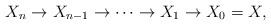
LaTeX: \begin{align*} X_n \to X_{n-1} \to \dots \to X_1 \to X_0 = X,\end{align*}